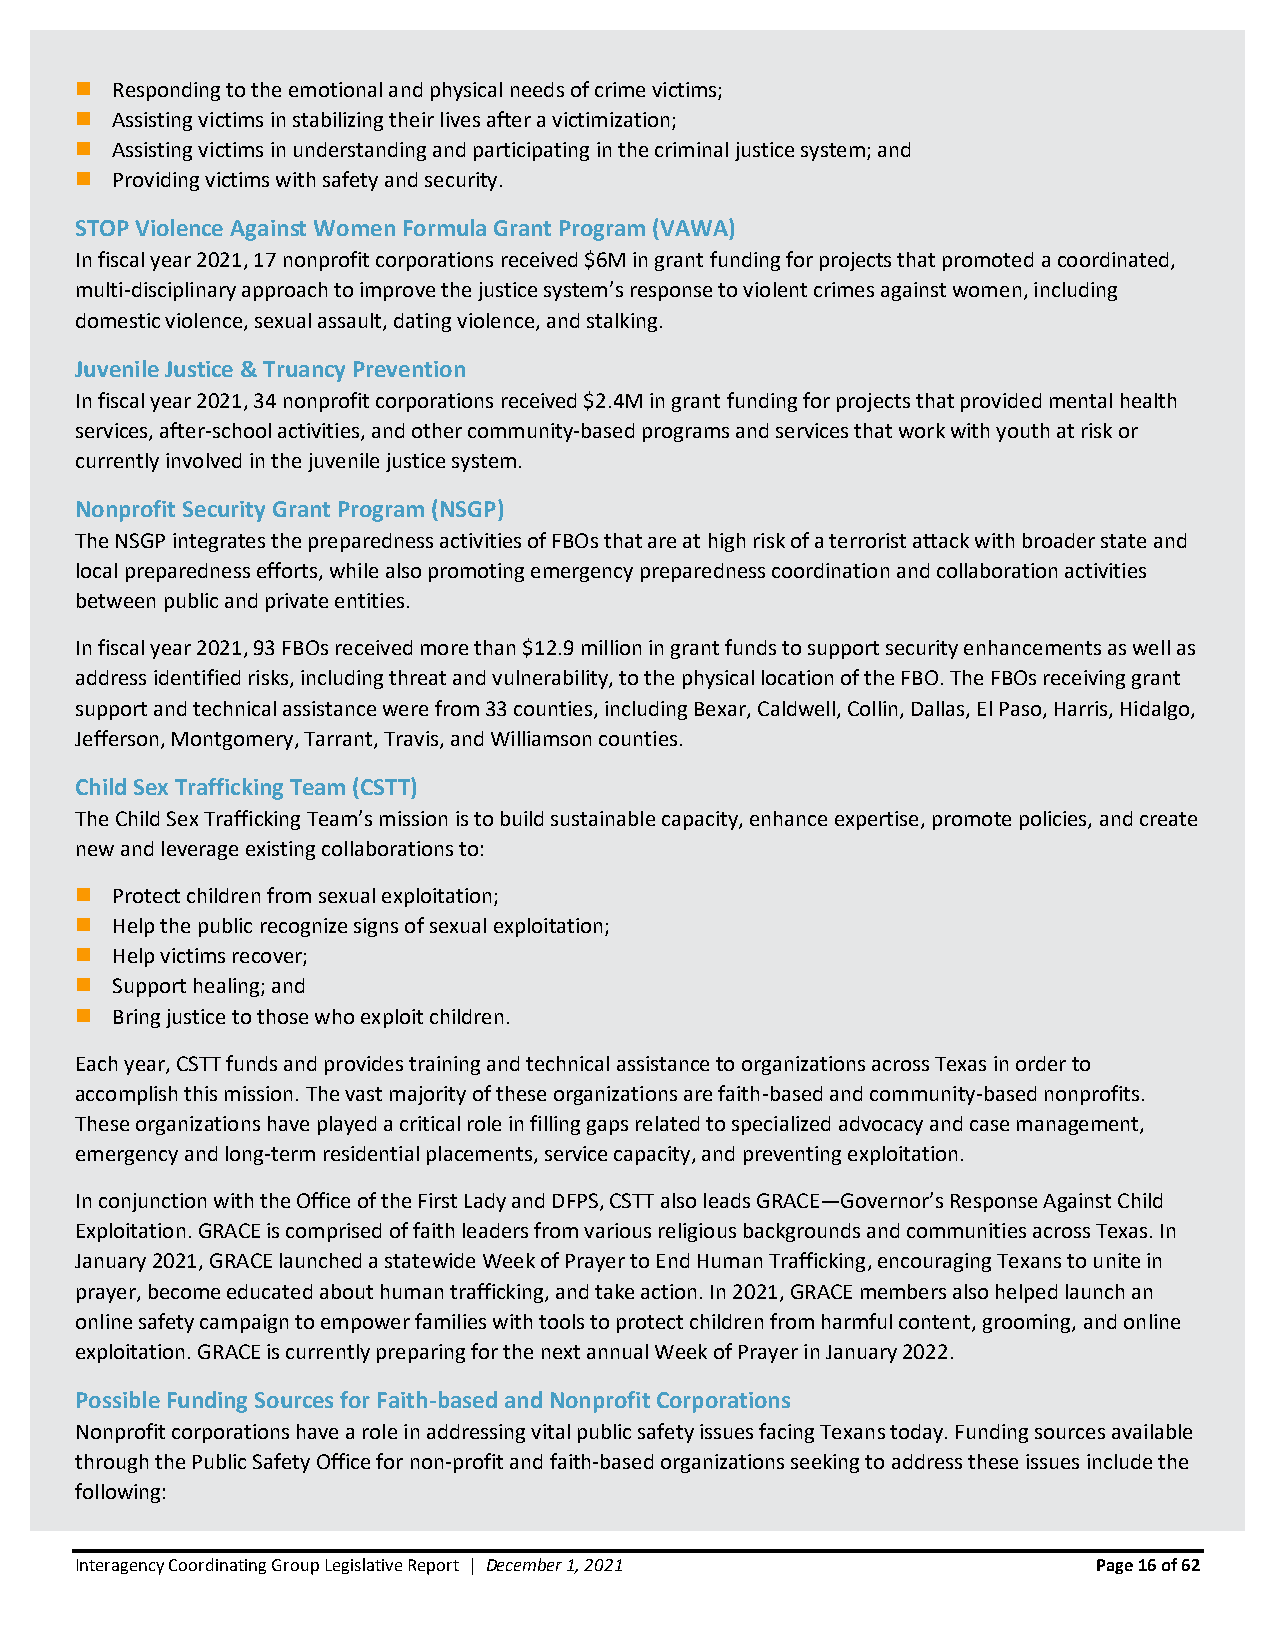
◼ Responding to the emotional and physical needs of crime victims;
 ◼ Assisting victims in stabilizing their lives after a victimization;
 ◼ Assisting victims in understanding and participating in the criminal justice system; and
 ◼ Providing victims with safety and security.
 STOP Violence Against Women Formula Grant Program (VAWA)
 In fiscal year 2021, 17 nonprofit corporations received $6M in grant funding for projects that promoted a coordinated,
 multi-disciplinary approach to improve the justice system’s response to violent crimes against women, including
 domestic violence, sexual assault, dating violence, and stalking.
 Juvenile Justice & Truancy Prevention
 In fiscal year 2021, 34 nonprofit corporations received $2.4M in grant funding for projects that provided mental health
 services, after-school activities, and other community-based programs and services that work with youth at risk or
 currently involved in the juvenile justice system.
 Nonprofit Security Grant Program (NSGP)
 The NSGP integrates the preparedness activities of FBOs that are at high risk of a terrorist attack with broader state and
 local preparedness efforts, while also promoting emergency preparedness coordination and collaboration activities
 between public and private entities.
 In fiscal year 2021, 93 FBOs received more than $12.9 million in grant funds to support security enhancements as well as
 address identified risks, including threat and vulnerability, to the physical location of the FBO. The FBOs receiving grant
 support and technical assistance were from 33 counties, including Bexar, Caldwell, Collin, Dallas, El Paso, Harris, Hidalgo,
 Jefferson, Montgomery, Tarrant, Travis, and Williamson counties.
 Child Sex Trafficking Team (CSTT)
 The Child Sex Trafficking Team’s mission is to build sustainable capacity, enhance expertise, promote policies, and create
 new and leverage existing collaborations to:
 ◼ Protect children from sexual exploitation;
 ◼ Help the public recognize signs of sexual exploitation;
 ◼ Help victims recover;
 ◼ Support healing; and
 ◼ Bring justice to those who exploit children.
 Each year, CSTT funds and provides training and technical assistance to organizations across Texas in order to
 accomplish this mission. The vast majority of these organizations are faith-based and community-based nonprofits.
 These organizations have played a critical role in filling gaps related to specialized advocacy and case management,
 emergency and long-term residential placements, service capacity, and preventing exploitation.
 In conjunction with the Office of the First Lady and DFPS, CSTT also leads GRACE—Governor’s Response Against Child
 Exploitation. GRACE is comprised of faith leaders from various religious backgrounds and communities across Texas. In
 January 2021, GRACE launched a statewide Week of Prayer to End Human Trafficking, encouraging Texans to unite in
 prayer, become educated about human trafficking, and take action. In 2021, GRACE members also helped launch an
 online safety campaign to empower families with tools to protect children from harmful content, grooming, and online
 exploitation. GRACE is currently preparing for the next annual Week of Prayer in January 2022.
 Possible Funding Sources for Faith-based and Nonprofit Corporations
 Nonprofit corporations have a role in addressing vital public safety issues facing Texans today. Funding sources available
 through the Public Safety Office for non-profit and faith-based organizations seeking to address these issues include the
 following:
 Interagency Coordinating Group Legislative Report | December 1, 2021 Page 16 of 62